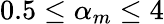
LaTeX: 0.5\leq\alpha_{m}\leq 4